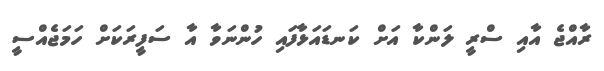
ރާއްޖެ އާއި ސްރީ ލަންކާ އަށް ކަނޑައަޅާފައި ހުންނަވާ އާ ސަފީރަކަށް ހަމަޖެއްސީ